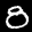
Label: 8